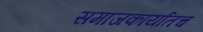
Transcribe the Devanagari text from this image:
समाजकार्यातच